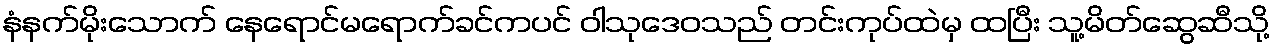
နံနက်မိုးသောက် နေရောင်မရောက်ခင်ကပင် ဝါသုဒေဝသည် တင်းကုပ်ထဲမှ ထပြီး သူ့မိတ်ဆွေဆီသို့